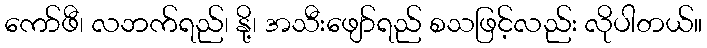
ကော်ဖီ၊ လဘက်ရည်၊ နို့၊ အသီးဖျော်ရည် စသဖြင့်လည်း လိုပါတယ်။